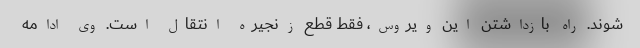
شوند. راه بازداشتن این ویروس، فقط قطع زنجیره انتقال است. وی ادامه